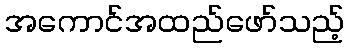
အကောင်အထည်ဖော်သည့်